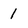
Character: 1